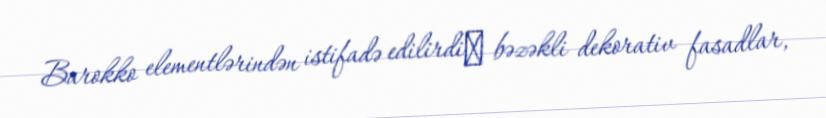
Barokko elementlərindən istifadə edilirdiː bəzəkli dekorativ fasadlar,